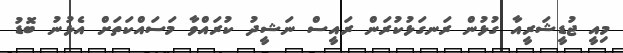
މިއީ ޖުޑީޝަރީއާ ގުޅުން ރަނގަޅުކުރަން ރައީސް ނަޝީދު ކުރައްވާ މަސައްކަތަށް އެޅުނު ބޮޑު